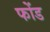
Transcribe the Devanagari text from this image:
फोंड